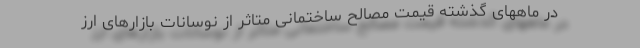
در ماههای گذشته قیمت مصالح ساختمانی متاثر از نوسانات بازارهای ارز